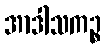
အာဒါသကဉ္စ